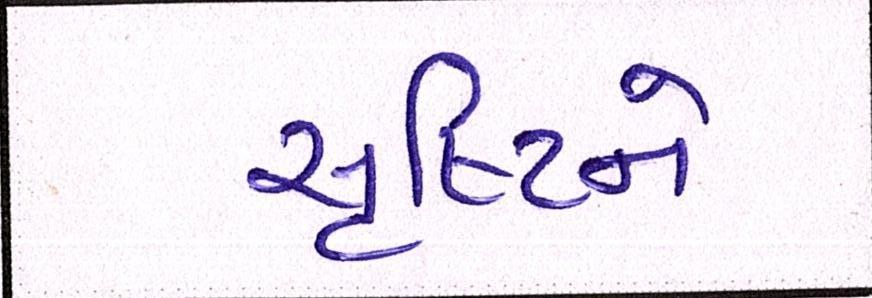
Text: સૃષ્ટિને